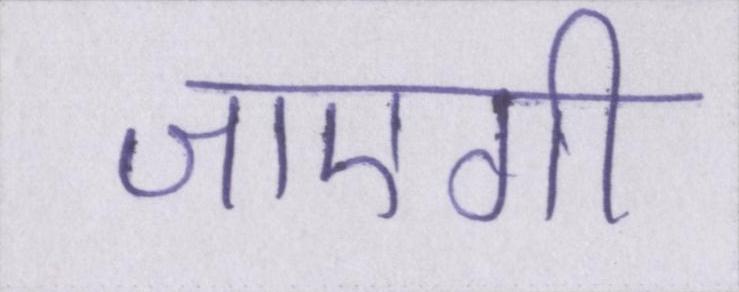
जाएगी